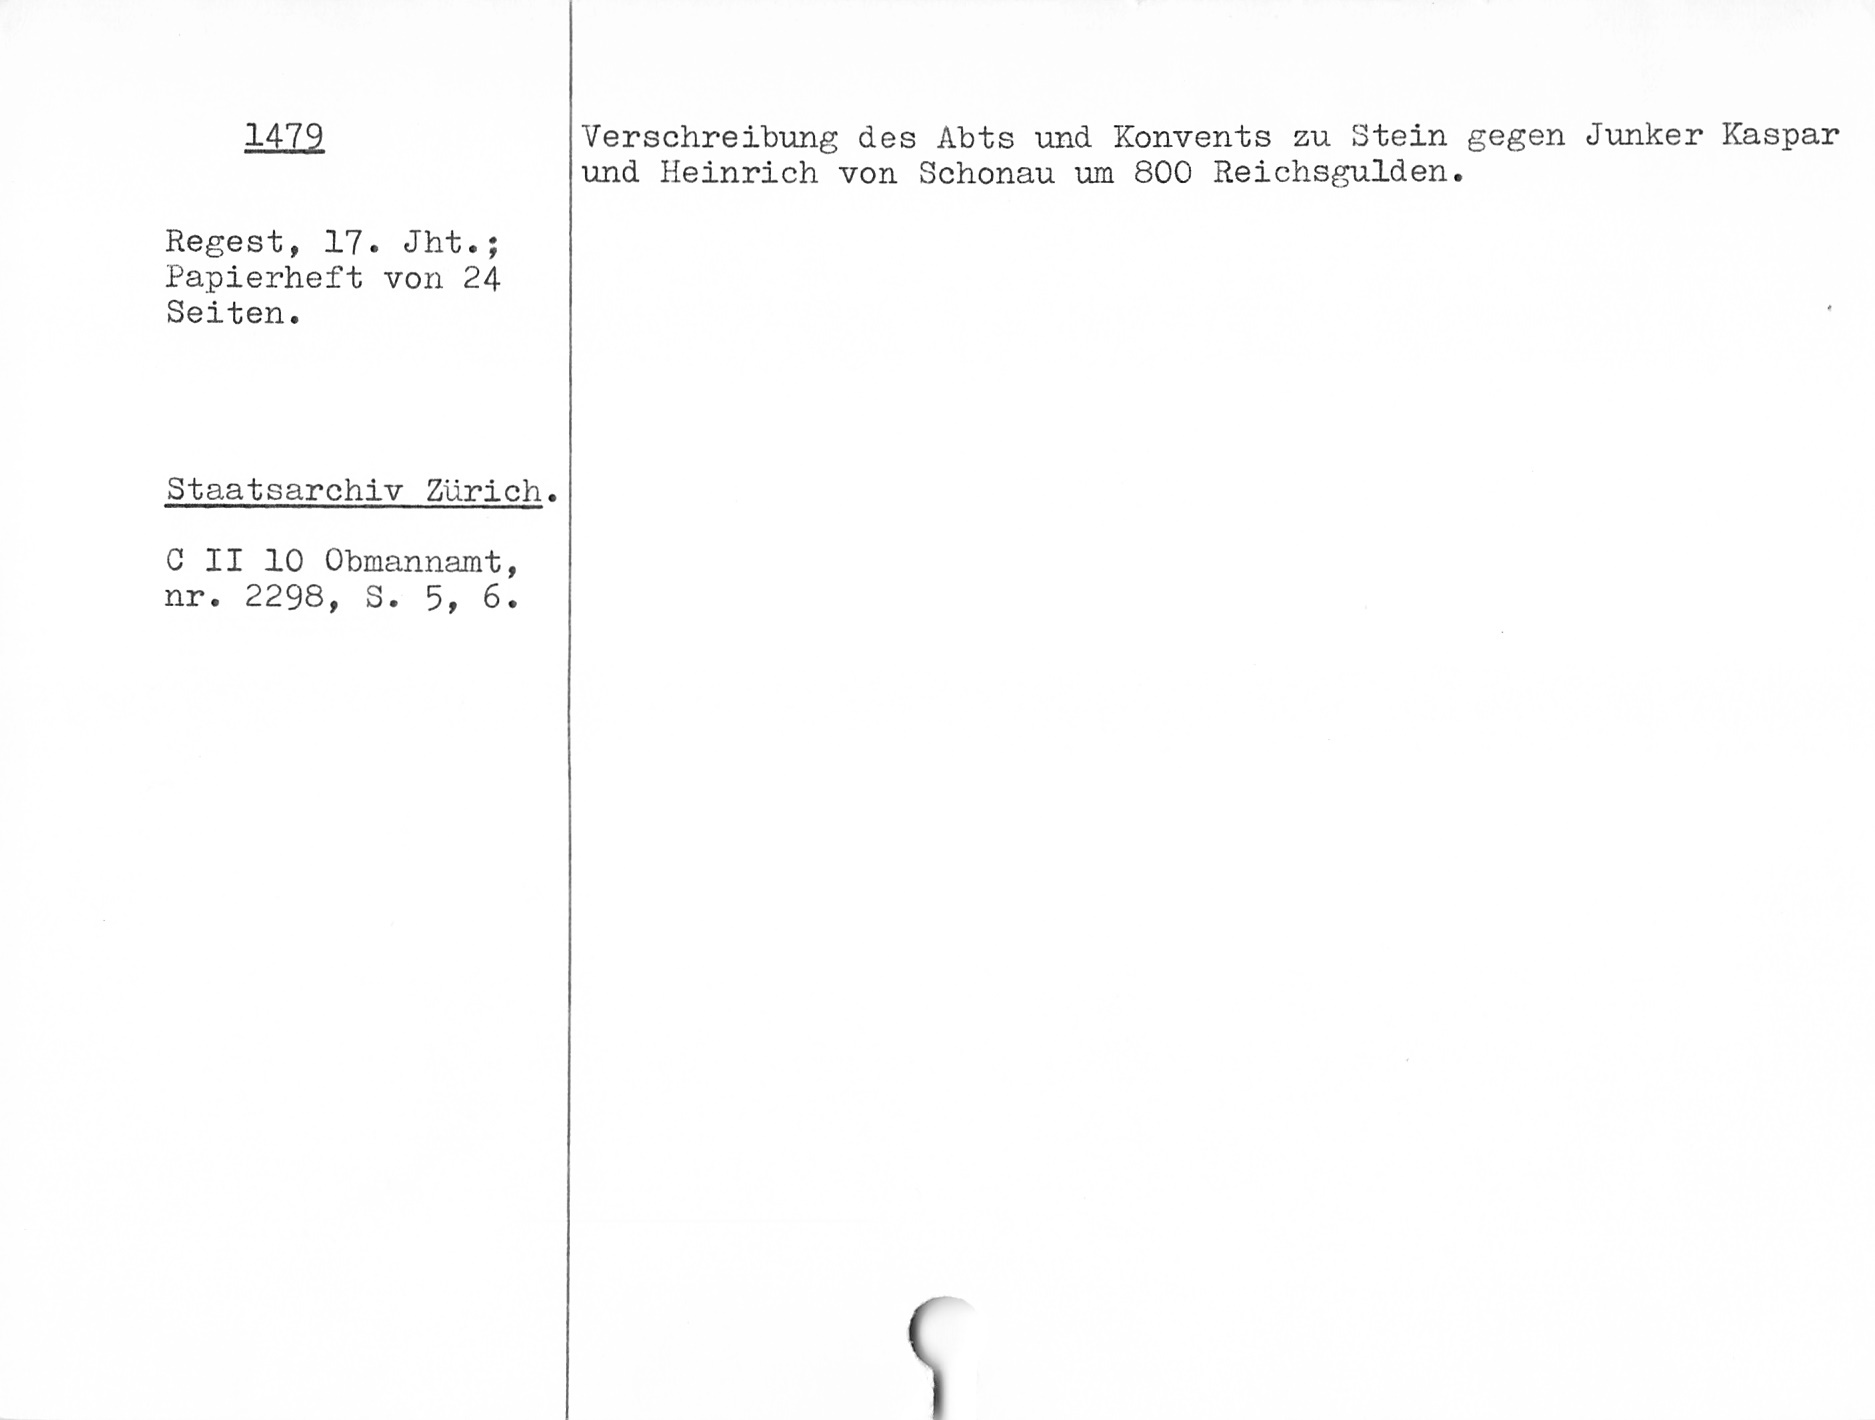
1479
Regest, 17. Jht.;
Papierheft von 24
Seiten.
Staatsarchiv Zürich.
C II 10 Obmannamt,
nr. 2298, S. 5, 6.

Verschreibung des Abts und Konvents zu Stein gegen Junker Kaspar
und Heinrich von Schonau um 800 Reichsgulden.